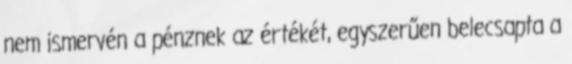
nem ismervén a pénznek az értékét, egyszerűen belecsapta a